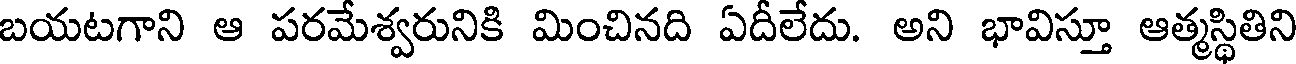
బయటగాని ఆ పరమేశ్వరునికి మించినది ఏదీలేదు. అని భావిస్తూ ఆత్మస్థితిని